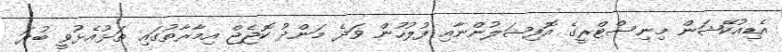
އެޑިއުކޭޝަން މިނިސްޓްރީގެ އޮފިޝަލުންނާއި ފުލުހުން ވަދެ މަންދު ކޮޖެޖް އިމާރާތުގައި ތަޅުއެޅުވީ ބުދަ